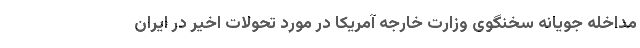
مداخله جویانه سخنگوی وزارت خارجه آمریکا در مورد تحولات اخیر در ایران